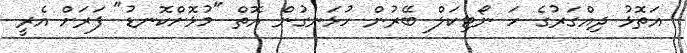
އަތޮޅު ދިއްގަރުގެ ހަ ނޯޓިކަލް ބޭރުން ހުޅަނގުން އޮތް "މުޅޮށްކޮނޑު" ފަރަށް އެރީ